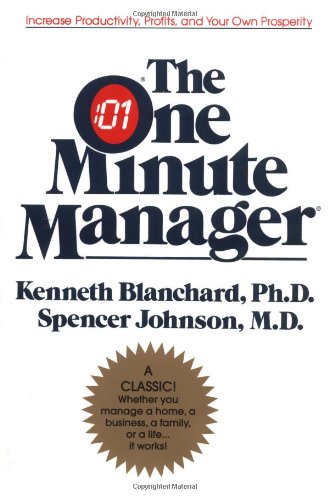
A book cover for The One Minute Manager; Kenneth H. Blanchard; Business & Money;